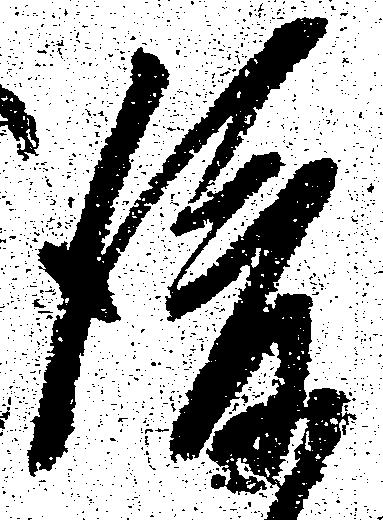
後